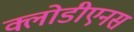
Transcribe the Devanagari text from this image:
क्लोडीएनस